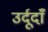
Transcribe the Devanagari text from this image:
उर्दूदाँ